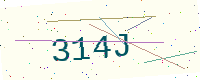
Text: 314J